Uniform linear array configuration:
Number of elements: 4
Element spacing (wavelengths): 0.25
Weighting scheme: uniform
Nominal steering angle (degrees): -30
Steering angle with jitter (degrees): -30.481
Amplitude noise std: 0.05
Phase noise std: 0.05

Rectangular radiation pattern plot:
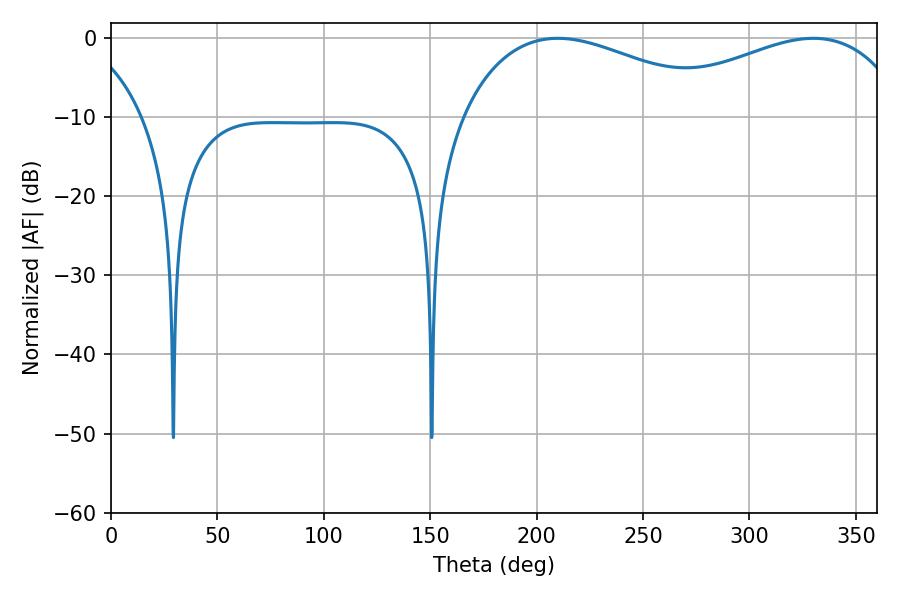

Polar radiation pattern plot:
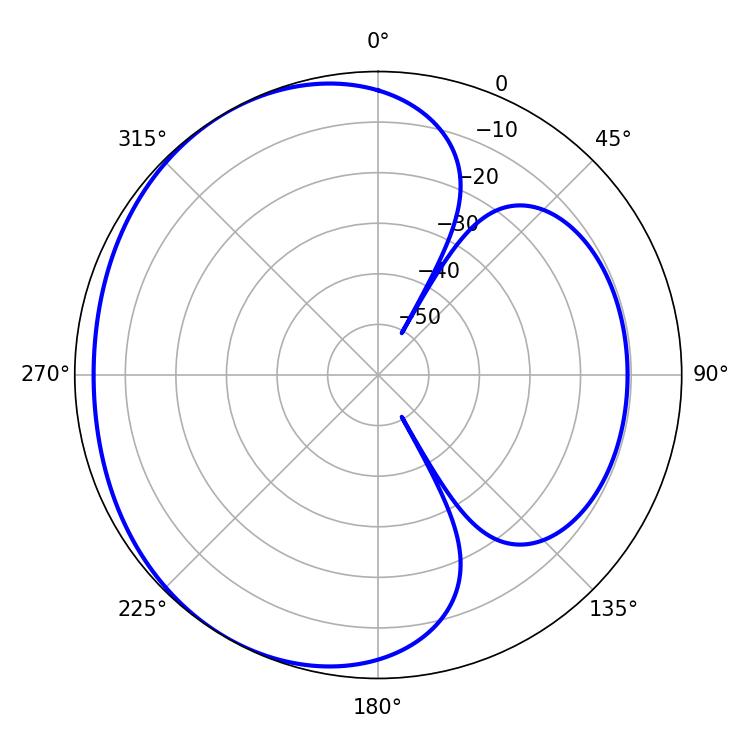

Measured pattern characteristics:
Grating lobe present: FALSE
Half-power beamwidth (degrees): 69.66
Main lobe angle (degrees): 209.88